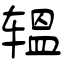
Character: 辒